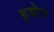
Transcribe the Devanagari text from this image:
हुझेस